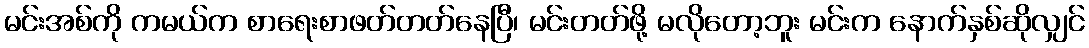
မင်းအစ်ကို ကမယ်က စာရေးစာဖတ်တတ်နေပြီ၊ မင်းတတ်ဖို့ မလိုတော့ဘူး မင်းက နောက်နှစ်ဆိုလျှင်